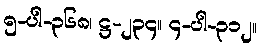
၅-ပါ-၃၆၈၊ ဋ္ဌ-၂၃၄။ ၄-ပါ-၃၁၂။